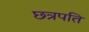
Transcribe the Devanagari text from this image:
छत्रपति